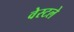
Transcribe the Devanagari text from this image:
वेस्टले